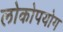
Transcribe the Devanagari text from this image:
लोकोपयोग